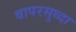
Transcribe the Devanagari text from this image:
वापरसुध्दा